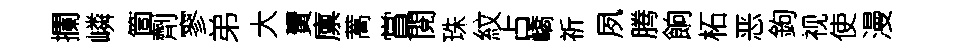
攔嶙箇劑寥弟大賣廪蒿賞閱珠紋占嶠祈夙腾餉柘恶鉤视使漫